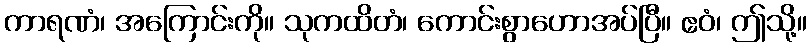
ကာရဏံ၊ အကြောင်းကို။ သုကထိတံ၊ ကောင်းစွာဟောအပ်ပြီ။ ဧဝံ၊ ဤသို့။